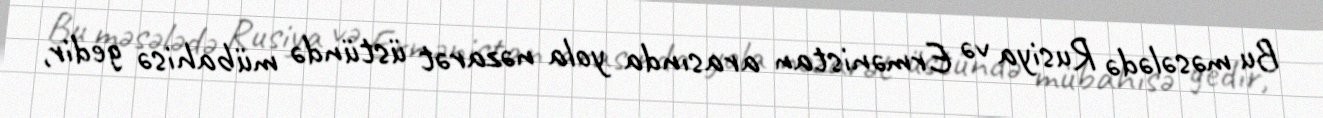
Bu məsələdə Rusiya və Ermənistan arasında yola nəzarət üstündə mübahisə gedir,